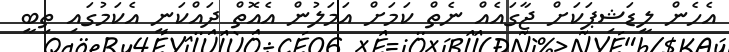
އެހެން ލީޑަޝިޕަކަށް ޖާގައެއް ނެތް ކަމަށް އަމަލުން އެއޮތް ދައްކަނީ އެކަމުގައި ތިބީ